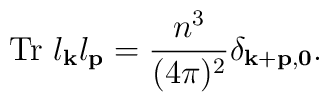
{\rm Tr}~l_{\bf k}l_{\bf p}=\frac{n^3}{(4\pi)^2}\delta_{\bf k+p,0}.